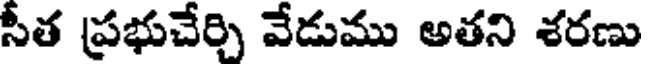
సీత ప్రభుచేర్చి వేడుము అతని శరణు